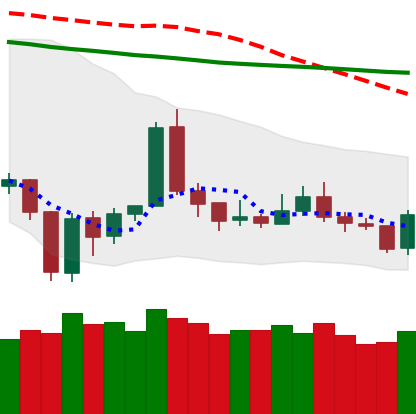
Ticker: TRX-USD
Chart end date: 2020-01-03
Forward return: 4.719%
Label: up_3_5